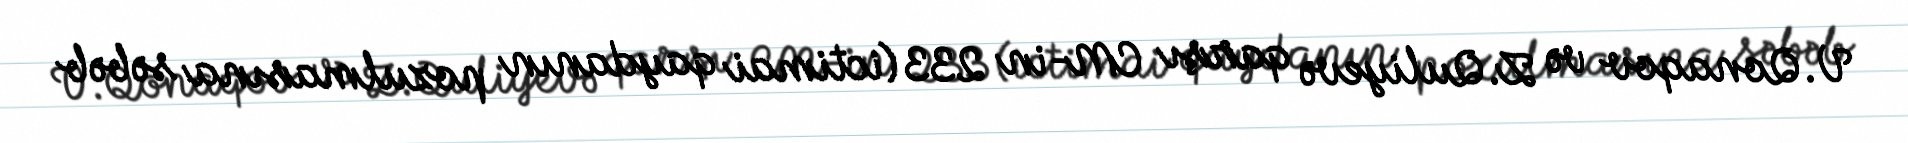
V.Qonaqov və Z.Quliyevə qarşı CM-in 233 (ictimai qaydanın pozulmasına səbəb